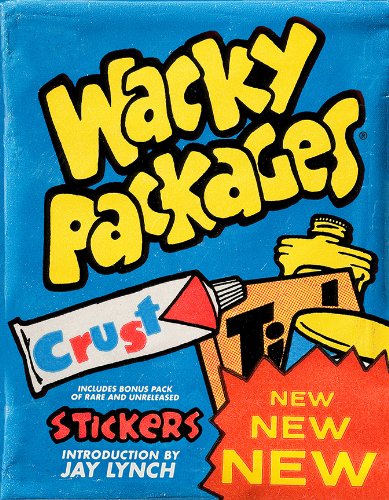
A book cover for Wacky Packages New New New; The Topps Company; Crafts, Hobbies & Home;